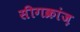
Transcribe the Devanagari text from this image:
सीगक्रांज़